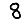
Digit: 8